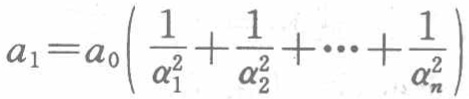
\[a_{1}=a_{0}\left(\frac{1}{\alpha_{1}^{2}}+\frac{1}{\alpha_{2}^{2}}+\cdots+\frac{1}{\alpha_{n}^{2}}\right)\]